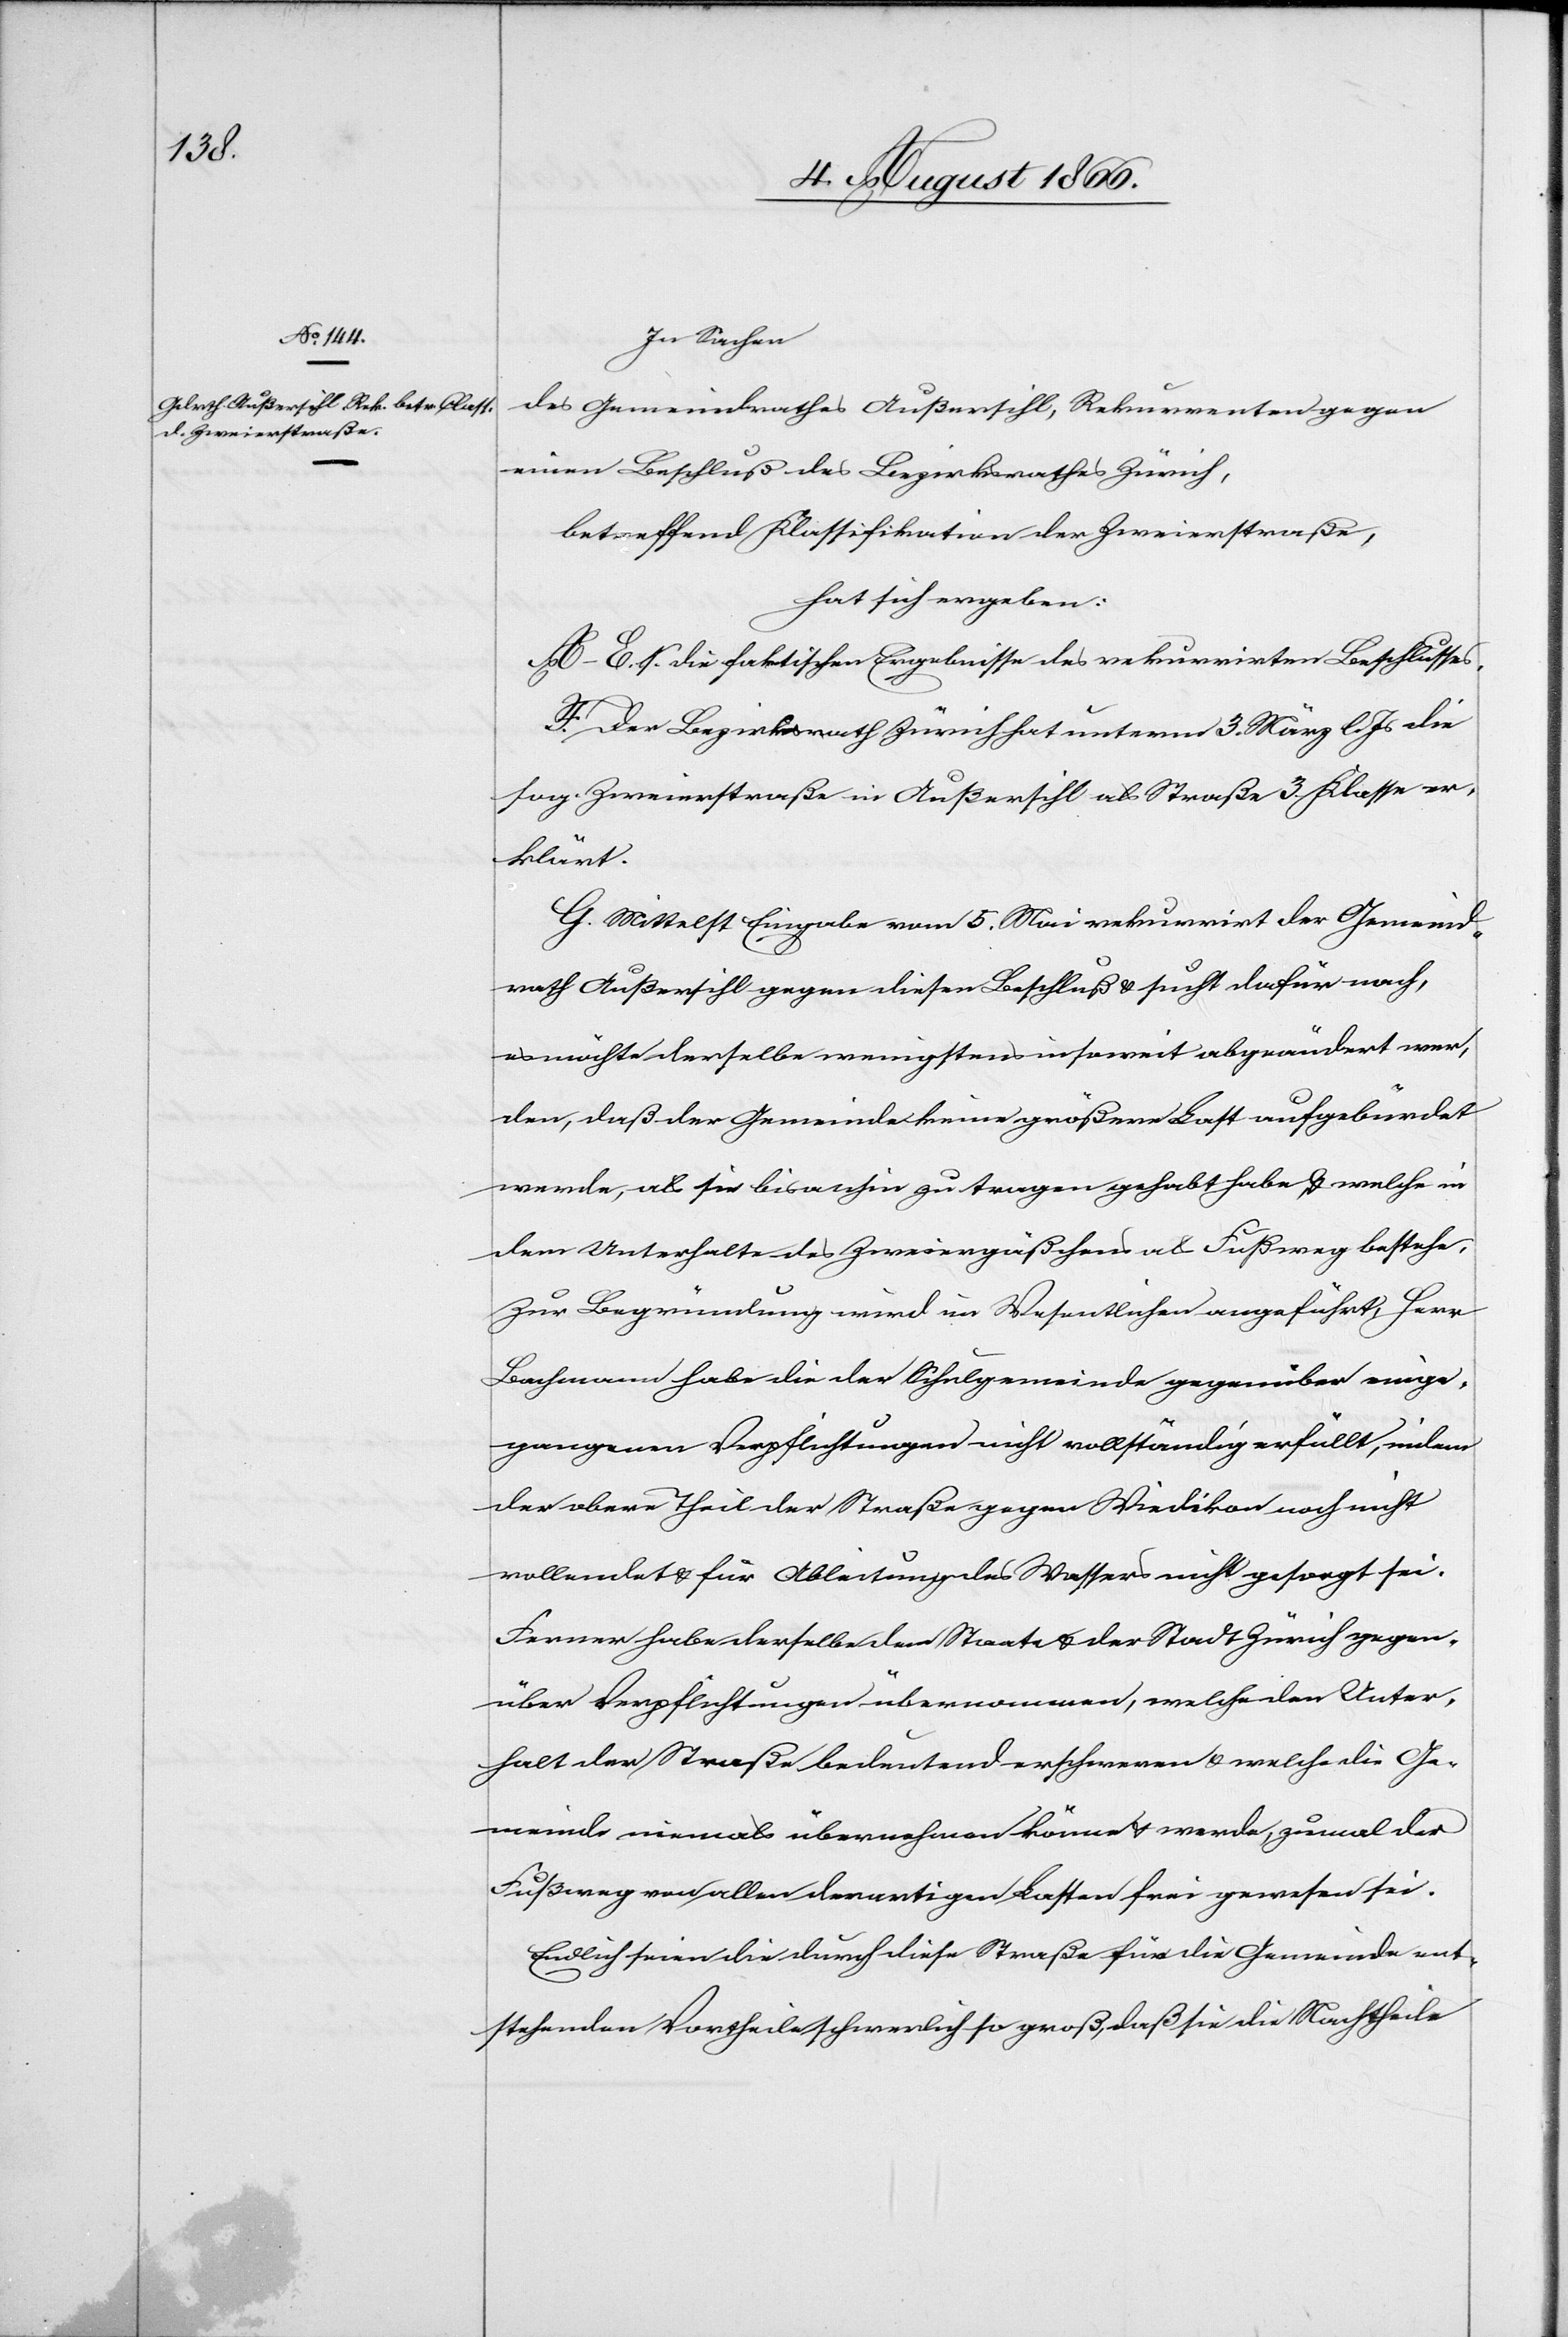
In Sachen
des Gemeindrathes Außersihl, Rekurrenten gegen
einen Beschluß des Bezirksrathes Zürich,
betreffend Klassifikation der Zweierstraße,
hat sich ergeben:
A–E. S. die faktischen Ergebnisse des rekurrirten Beschlusses.
F. Der Bezirksrath Zürich hat unterm 3. März l. Js. die
sog. Zweierstraße in Außersihl als Straße 3. Klasse er¬
klärt.
G. Mittelst Eingabe vom 5. Mai rekurrirt der Gemeind¬
rath Außersihl gegen diesen Beschluß u. sucht dafür nach,
es möchte derselbe wenigstens insoweit abgeändert wer¬
den, daß der Gemeinde keine größere Last aufgebürdet
werde, als sie bisanhin zu tragen gehabt habe u. welche in
dem Unterhalt des Zweiergäßchens als Fußweg bestehe.
Zur Begründung wird im Wesentlichen angeführt, Herr
Bachmann habe die der Schulgemeinde gegenüber einge¬
gangenen Verpflichtungen nicht vollständig erfüllt, indem
der obere Theil der Straße gegen Wiedikon noch nicht
vollendet u. für Ableitungen des Wassers nicht gesorgt sei.
Endlich seien die durch diese Straße für die Gemeinde ent¬
stehenden Vortheile schwerlich so groß, daß sie die Nachtheile